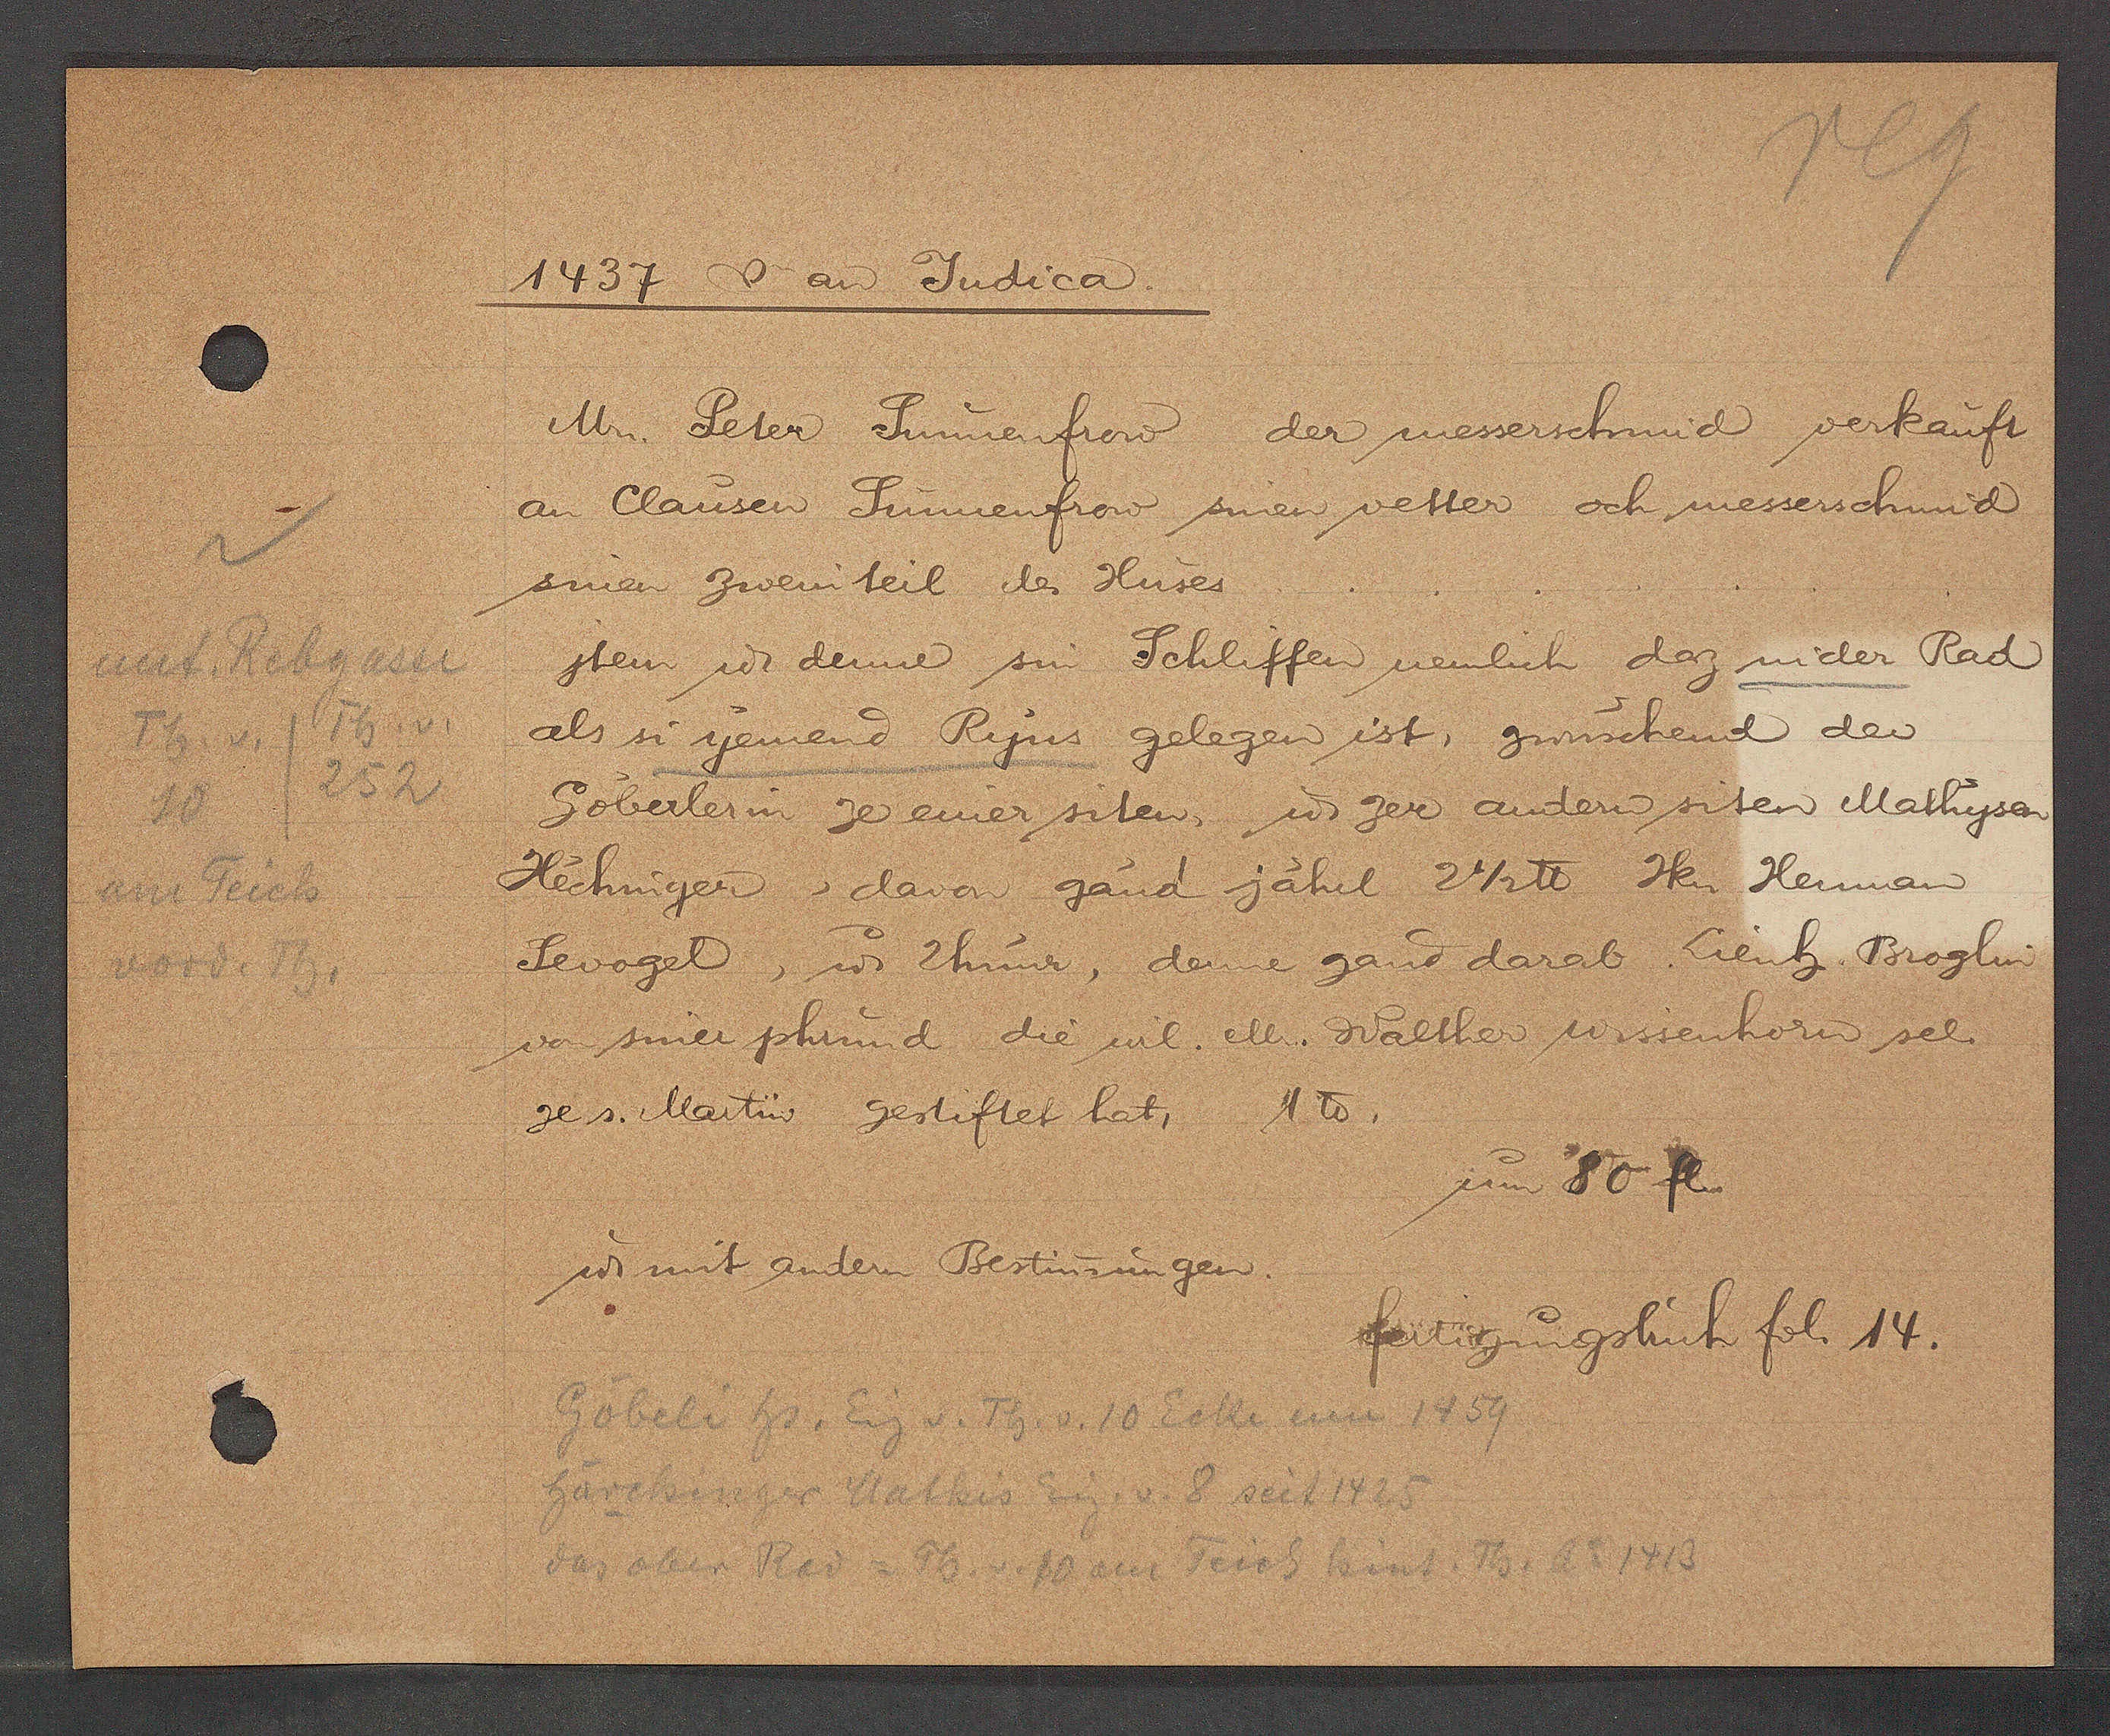
Transcript:
unt. Rebgasse
Th. v.
Th. v.
252
10
am Teich
vord. Th.

1437 Ƿ an Judica.

Mr. Peter Sunnenfrow der messerschmid verkauft
an Clausen Sunnenfrow sinen vetter och messerschmid
sinen zweinteil des Huses
jtem u denne sin Schliffen nemlich daz nider Rad
als si yemend Ryns gelegen ist, zwüschent der
Göberlerin ze einer siten, u. zer andern siten Mathysan
Hechniger, davon gand jährl 2 1/2℔ Ikn Herman
Sevogel, u 2 huner, dene gand darab Lienh. Broglin
von siner phrund die wil. ell. Walther ussenhorn sel.
zes. Martin gestiftet hat, 1℔.
um 80 fl.
ư mit andern Bestimmungen.

Göbeli hs. Eig v. Th. v. 10 Ecke um 1459
härchinger Mathis Eig. v. 8 seit 1425
das ober Rad = Th. v. 10 an Teich hint. Th. Ao 1413

fertigungsbuch fol. 14.